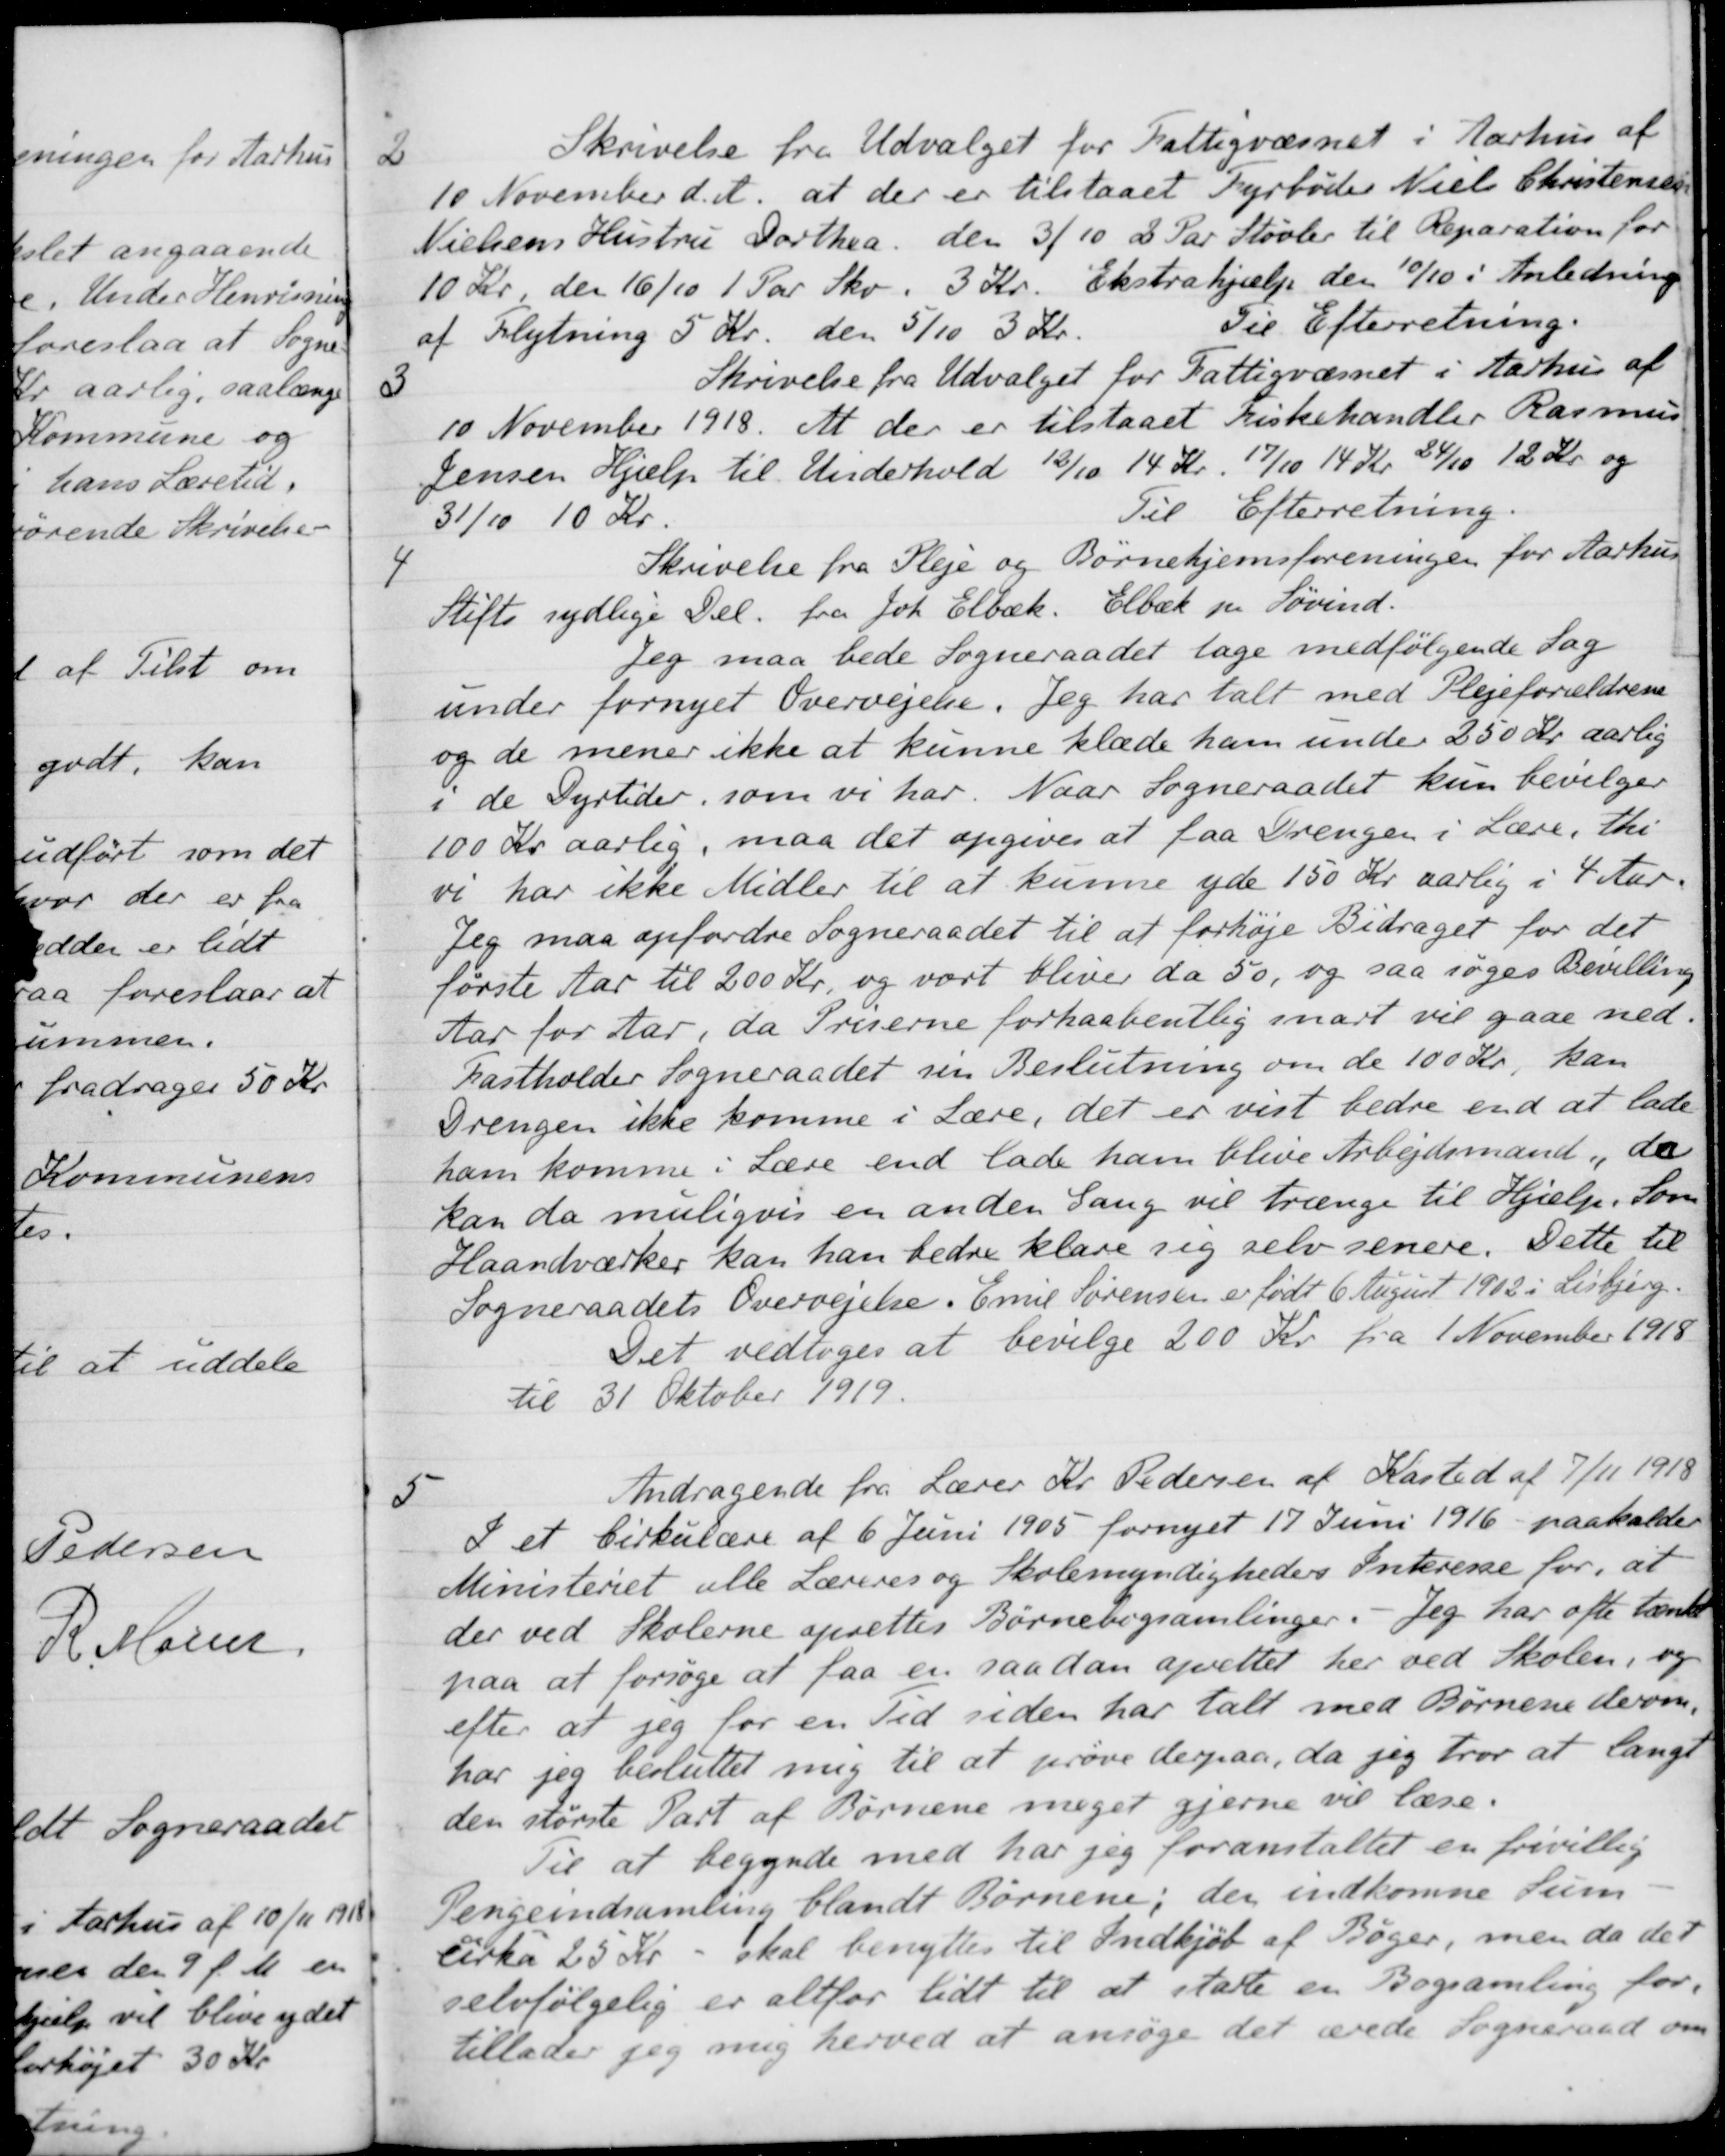
Transskription:
2
Skrivelse fra Udvalget for Fattigvæsnet i Aarhus af
10 November d. A. at der er tilstaaet Fyrbøder Niels Christensen
Nielsens Hustru Dorthea den 3/10 2 Par Støvler til Reparation for
10 kr den 16/10 1 Par Sko. 3 Kr. Ekstrahjælp den 10/10 i Anledning
af Flytning 5 Kr. den 5/10 3 Kr.
Til Efterretning.
3
Skrivelse fra Udvalget for Fattigvæsnet i Aarhus af
10 November 1918. At der er tilstaaet Fiskehandler Rasmus
Jensen Hjælp til Underhold 12/10 14 Kr. 17/10 14 Kr 24/10 12 Kr og
31/10 10 Kr.
Til Efterretning.
4
Skrivelse fra Pleje og Børnehjemsforeningen for Aarhus
Stifts sydlige Del fra Joh. Elbæk. Elbæk pr. Søvind.
Jeg maa bede Sogneraadet tage medfølgende Sag
under fornyet Overvejelse. Jeg har talt med Plejeforældrene
og de mener ikke at kunne klæde ham under 250 kr. aarlig
i de Dyrtider, som vi har. Naar Sogneraadet kun bevilger
100 Kr aarlig, maa det opgives at faa Drengen i Lære, thi
vi har ikke Midler til at kunne yde 150 Kr aarlig i 4 Aar.
Jeg maa opfordre Sogneraadet til at forhøje Bidraget for det
første Aar til 200 Kr, og vort bliver da 50, og saa søges Bevilling
Aar for Aar, da Priserne forhaabentlig snart vil gaae ned.
Kastholder Sogneraadet sin Beslutning om de 100 Kr, kan
Drengen ikke komme i Lære, det er vist bedre end at lade
ham komme i Lære end lade ham blive Arbejdsmand, da
kan da muligvis en anden Gang vil trænge til Hjælp. Som
Haandværker kan han bedre klare sig selv senere. Dette til
Sogneraadets Overvejelse. Emil Sørensen er født 6 August 1902 i Lisbjerg.
Det vedtoges at bevilge 200 Kr. fra 1 November 1918
til 31 Oktober 1919.
5
Andragende fra Lærer Kr. Pedersen af Kasted af 7/11 1918
I et Cirkulære af 6 Juni 1905 fornyet 17 Juni 1916 - paakalder
Ministeriet alle Læreres og Skolemyndigheders Interesse for, at
der ved Skolerne oprettes Børnebogsamlinger
 Jeg har ofte tænkt
paa at forsøge at faa en saadan oprettet her ved Skolen, og
efter at jeg for en Tid siden har talt med Børnene derom.
har jeg besluttet mig til at prøve derpaa, da jeg tror at langt
den største Part af Børnene meget gjerne vil læse.
Til at begynde med har jeg foranstaltet en frivillig
Pengeindsamling blandt Børnene; der indkomne Sum
cirka 25 Kr - skal benyttes til Indkjøb af Bøger, men da det
selvfølgelig er altfor lidt til at starte en Bogsamling for,
tillader jeg mig herved at ansøge det ærede Sogneraad om